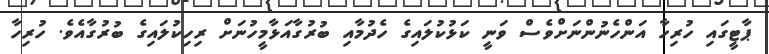
ޕާޓީގައި ހުރިހާ އަންހެނުންނަށްވެސް ވަނީ ކަޅުކުލައިގެ ހެދުމާއި ބުރުގާއަޅާމީހުނަށް ރިހިކުލައިގެ ބުރުގާއެވެ. ހުރިހާ